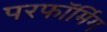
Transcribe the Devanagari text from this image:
परफॉर्मिग